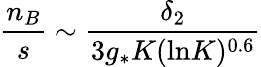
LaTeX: {\frac{n_{B}}{s}}\sim{\frac{\delta_{2}}{3g_{*}K(\mathrm{ln}K)^{0.6}}}